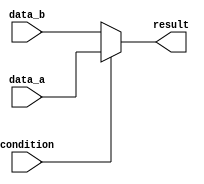
module example_module(
    input wire condition,
    input wire data_a,
    input wire data_b,
    output reg result
);

always @(*) begin
    result = (condition) ? data_a : data_b;
end

endmodule